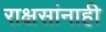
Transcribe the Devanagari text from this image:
राक्षसांनाही